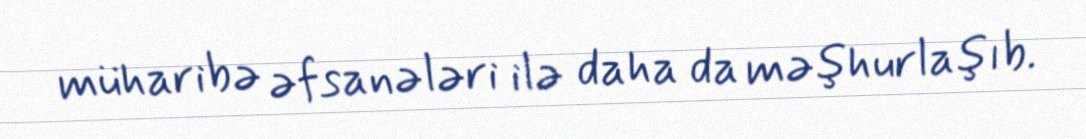
müharibə əfsanələri ilə daha da məşhurlaşıb.